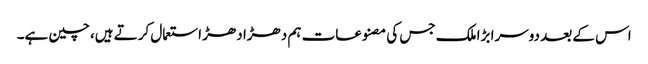
اس کے بعد دوسرا بڑا ملک جس کی مصنوعات ہم دھڑا دھڑ استعمال کرتے ہیں، چین ہے۔